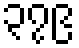
၃၇၉